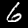
Label: 6